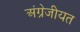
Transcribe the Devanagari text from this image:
अंग्रेजीयत